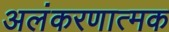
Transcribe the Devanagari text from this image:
अलंकरणात्मक